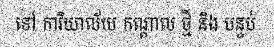
ទៅ ការិយាល័យ កណ្តាល ថ្មី និង បន្ទប់